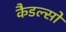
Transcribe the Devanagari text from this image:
कैडल्सो